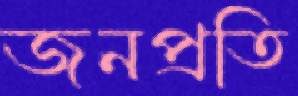
জনপ্রতি